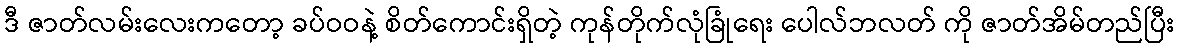
ဒီ ဇာတ်လမ်းလေးကတော့ ခပ်ဝဝနဲ့ စိတ်ကောင်းရှိတဲ့ ကုန်တိုက်လုံခြုံရေး ပေါလ်ဘလတ် ကို ဇာတ်အိမ်တည်ပြီး